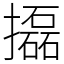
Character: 㩡